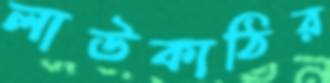
লাউকাঠির